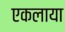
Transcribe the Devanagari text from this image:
एकलाया